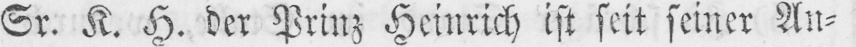
Sr. K. H. der Prinz Heinrich ist seit seiner An⸗